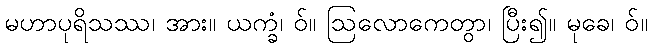
မဟာပုရိသဿ၊ အား။ ယက္ခံ၊ ဝ်။ ဩလောကေတွာ၊ ပြီး၍။ မုခေ၊ ဝ်။